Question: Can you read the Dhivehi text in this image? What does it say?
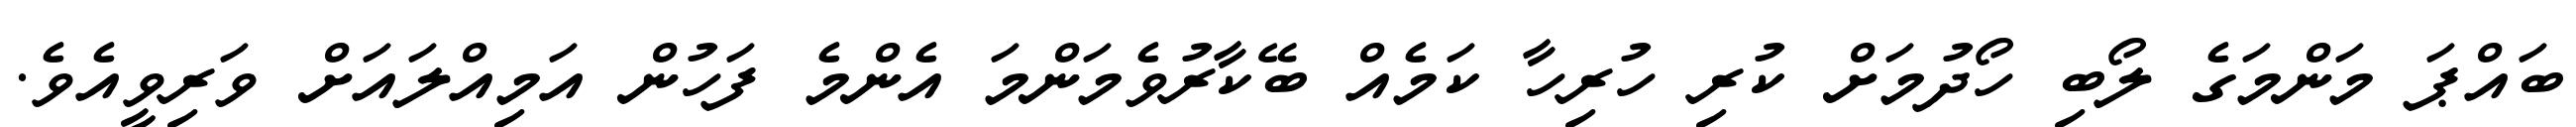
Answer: ބައްޕަ މަންމަގެ ލޯބި ހޯދުމަށް ކުރި ހުރިހާ ކަމެއް ބޭކާރުވެމަންމަ އެންމެ ފަހުން އަމިއްލައަށް ވަރިވީއެވެ.